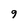
Character: 9